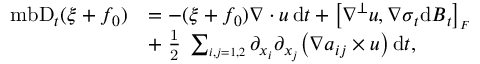
\begin{array} { r l } { \mathrm { \ m b { D } } _ { t } ( \xi + f _ { 0 } ) } & { = - ( \xi + f _ { 0 } ) \boldsymbol { \nabla } \boldsymbol { \cdot } \boldsymbol { u } \, \mathrm { d } t + \big [ \boldsymbol { \nabla } ^ { \perp } \boldsymbol { u } , \boldsymbol { \nabla } \boldsymbol { \sigma } _ { t } \mathrm { d } \boldsymbol { B } _ { t } \big ] _ { \scriptscriptstyle F } } \\ & { + \mathrm { \scriptsize ~ \frac { 1 } { 2 } ~ } \sum _ { \scriptscriptstyle i , j = 1 , 2 } \partial _ { x _ { i } } \partial _ { x _ { j } } \big ( \boldsymbol { \nabla } a _ { i j } \times \boldsymbol { u } \big ) \, \mathrm { d } t , } \end{array}